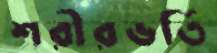
শরীরভর্তি